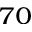
^ { 7 0 }